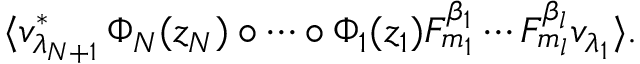
\langle v _ { \lambda _ { N + 1 } } ^ { \ast } \, \Phi _ { N } ( z _ { N } ) \circ \cdots \circ \Phi _ { 1 } ( z _ { 1 } ) F _ { m _ { 1 } } ^ { \beta _ { 1 } } \cdots F _ { m _ { l } } ^ { \beta _ { l } } v _ { \lambda _ { 1 } } \rangle .